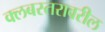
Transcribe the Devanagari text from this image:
क्लबस्तरावरील